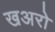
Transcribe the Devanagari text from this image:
खअरो